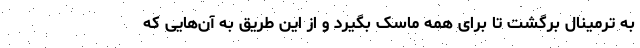
به ترمینال برگشت تا برای همه ماسک بگیرد و از این طریق به آن‌هایی که